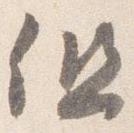
但